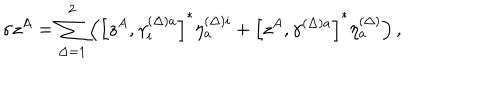
\sigma z ^ { A } = \sum _ { \Delta = 1 } ^ { 2 } \left( \left[ z ^ { A } , \gamma _ { i } ^ { ( \Delta ) a } \right] ^ { * } \eta _ { a } ^ { ( \Delta ) i } + \left[ z ^ { A } , \gamma ^ { ( \Delta ) a } \right] ^ { * } \eta _ { a } ^ { ( \Delta ) } \right) ,